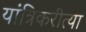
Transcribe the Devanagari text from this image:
यांत्रिकरीत्या